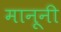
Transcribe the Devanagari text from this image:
मानूनी